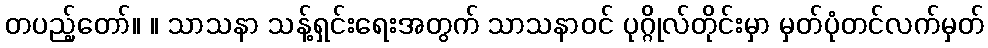
တပည့်တော်။ ။ သာသနာ သန့်ရှင်းရေးအတွက် သာသနာဝင် ပုဂ္ဂိုလ်တိုင်းမှာ မှတ်ပုံတင်လက်မှတ်